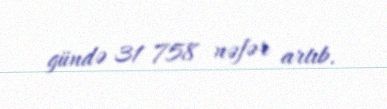
gündə 31 758 nəfər artıb.